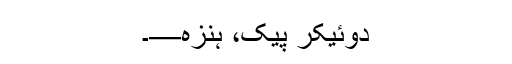
دوئیکر پیک، ہنزہ—۔